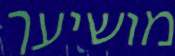
מושיעך